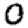
Digit: 0